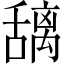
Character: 𫬎